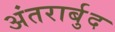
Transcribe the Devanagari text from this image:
अंतरार्बुद